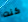
كنت